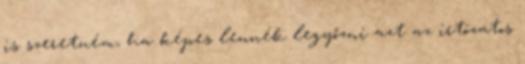
is szeretném, ha képes lennék legyőzni azt az irtózatos